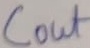
Text: Cout